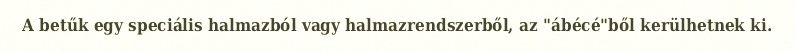
A betűk egy speciális halmazból vagy halmazrendszerből, az "ábécé"ből kerülhetnek ki.